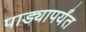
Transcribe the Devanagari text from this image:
पाड्यापर्यंत